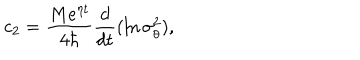
LaTeX: c _ { 2 } = \frac { M e ^ { \eta t } } { 4 \hbar } \frac d { d t } ( \ln \sigma _ { \theta } ^ { 2 } ) ,